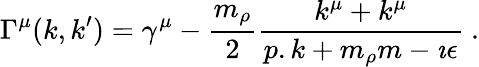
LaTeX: \Gamma^{\mu}(k,k^{\prime})=\gamma^{\mu}-\frac{m_{\rho}}{2}\frac{k^{\mu}+k^{\mu}}{p.k+m_{\rho}m-\imath\epsilon}\ .